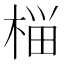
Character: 𰗶